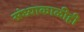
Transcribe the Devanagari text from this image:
संध्याकाळीही